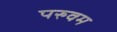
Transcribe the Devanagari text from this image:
परुवम